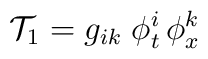
{\cal T}_{1} = g_{ik} \;  \phi^i_t \, \phi^k_x